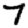
Digit: 7